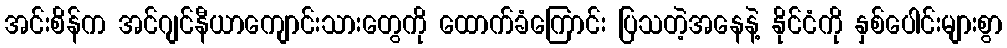
အင်းစိန်က အင်ဂျင်နီယာကျောင်းသားတွေကို ထောက်ခံကြောင်း ပြသတဲ့အနေနဲ့ နိုင်ငံကို နှစ်ပေါင်းများစွာ